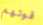
قوتهم